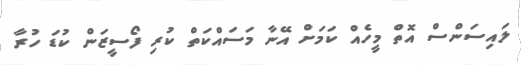
ލައިސަންސް އޮތް މީހެއް ކަމަށް އޭނާ މަސައްކަތް ކުރި ފޯސީޒަން ކުޑަ ހުރާ